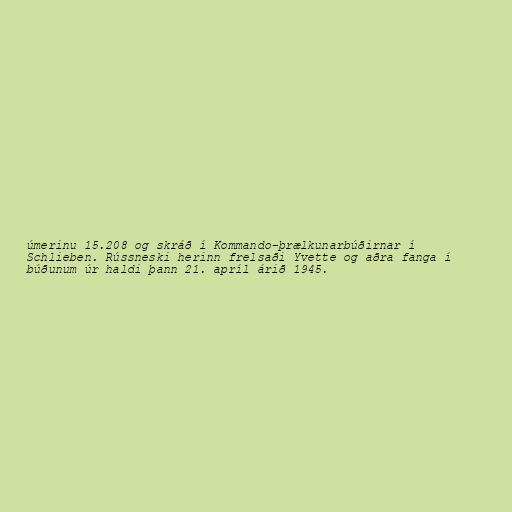
úmerinu 15.208 og skráð í Kommando-þrælkunarbúðirnar í
Schlieben. Rússneski herinn frelsaði Yvette og aðra fanga í
búðunum úr haldi þann 21. apríl árið 1945.